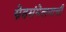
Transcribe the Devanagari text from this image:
स्नेहसंमेलनाची